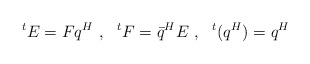
\begin{align*}^tE = Fq^H\ ,\ \ ^tF=\bar q^HE\ , \ \ ^t(q^H)=q^H\end{align*}